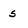
Character: s